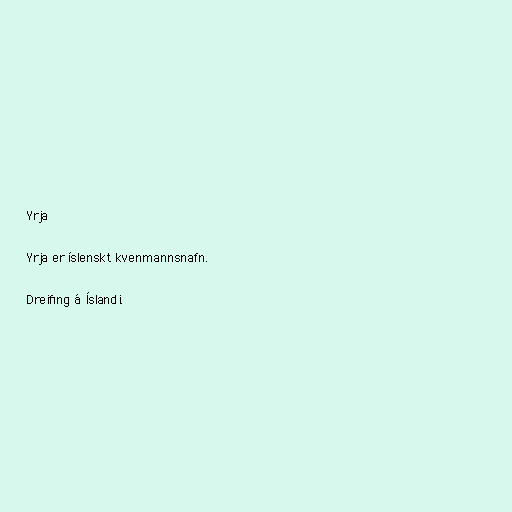
Yrja

Yrja er íslenskt kvenmannsnafn.

Dreifing á Íslandi.